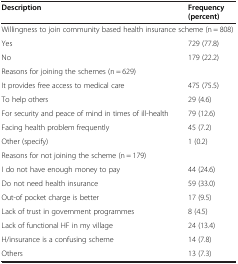
| Description | Frequency (percent) |
 | --- | --- |
 | <COLSPAN=2> Willingness to join community based health insurance scheme (n = 808) |
 | Yes | 729 (77.8) |
 | No | 179 (22.2) |
 | <COLSPAN=2> Reasons for joining the schemes (n = 629) |
 | It provides free access to medical care | 475 (75.5) |
 | To help others | 29 (4.6) |
 | For security and peace of mind in times of ill-health | 79 (12.6) |
 | Facing health problem frequently | 45 (7.2) |
 | Other (specify) | 1 (0.2) |
 | <COLSPAN=2> Reasons for not joining the scheme (n = 179) |
 | I do not have enough money to pay | 44 (24.6) |
 | Do not need health insurance | 59 (33.0) |
 | Out-of pocket charge is better | 17 (9.5) |
 | Lack of trust in government programmes | 8 (4.5) |
 | Lack of functional HF in my village | 24 (13.4) |
 | H/insurance is a confusing scheme | 14 (7.8) |
 | Others | 13 (7.3) |